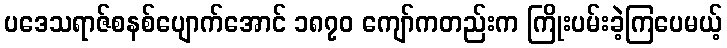
ပဒေသရာဇ်စနစ်ပျောက်အောင် ၁၈၇၀ ကျော်ကတည်းက ကြိုးပမ်းခဲ့ကြပေမယ့်